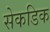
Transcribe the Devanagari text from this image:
सेकडिक